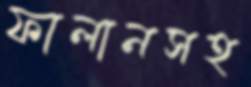
ফালানসহ